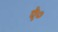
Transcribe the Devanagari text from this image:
ऐ०